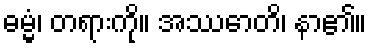
ဓမ္မံ၊ တရားကို။ အဿောတိ၊ နာ၏။